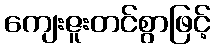
ကျေးဇူးတင်စွာဖြင့်